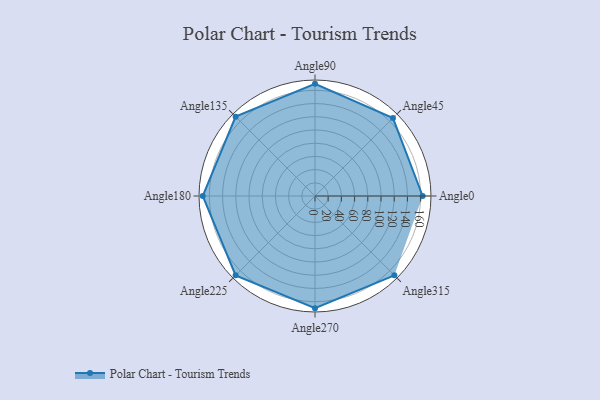
{"axis": {"x": "Angle", "y": "Radius"}, "legend": [""], "data": [{"x": "Angle0", "y": 163.0, "type": ""}, {"x": "Angle45", "y": 167.0, "type": ""}, {"x": "Angle90", "y": 170, "type": ""}, {"x": "Angle135", "y": 170, "type": ""}, {"x": "Angle180", "y": 170, "type": ""}, {"x": "Angle225", "y": 170, "type": ""}, {"x": "Angle270", "y": 170, "type": ""}, {"x": "Angle315", "y": 170, "type": ""}]}